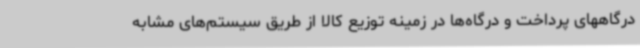
درگاههای پرداخت و درگاه‌ها در زمینه توزیع کالا از طریق سیستم‌های مشابه